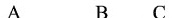
A B C